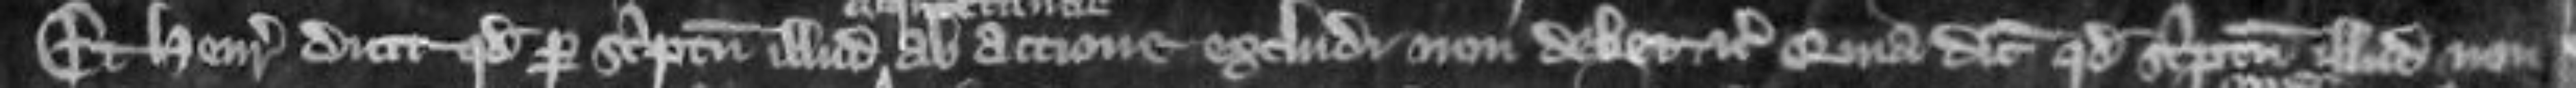
Et Henricus dicit quod per scriptum illud ab actione excludi non debet etc quia dicit quod scriptum illud non